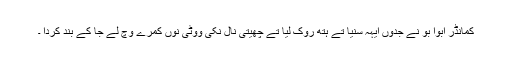
کمانڈر ابوا بو نے جدوں ایہہ سنیا تے ہتھ روک لیا تے چھیتی نال نکی ووٹی نوں کمرے وچ لے جا کے بند کردا ۔